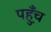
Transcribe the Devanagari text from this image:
पह़ुँच